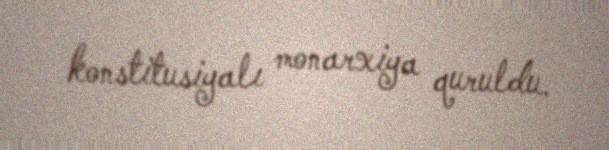
konstitusiyalı monarxiya quruldu.